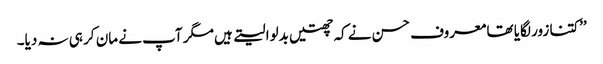
’’کتنا زور لگایا تھا معروف حسن نے کہ چھتیں بدلوا لیتے ہیں مگر آپ نے مان کر ہی نہ دیا۔